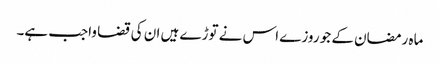
ماہ رمضان کے جو روزے اس نے توڑے ہیں ان کی قضا واجب ہے۔